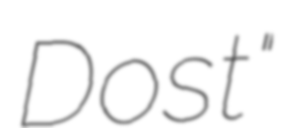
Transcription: Dost"